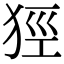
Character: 㹵